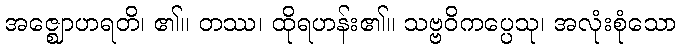
အဇ္ဈောဟရတိ၊ ၏။ တဿ၊ ထိုရဟန်း၏။ သဗ္ဗဝိကပ္ပေသု၊ အလုံးစုံသော